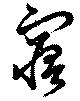
窹